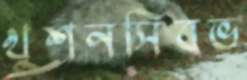
খুশনসিবভ